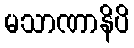
မသာဏာနိပိ